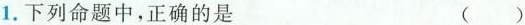
1.下列命题中，正确的是 ( )